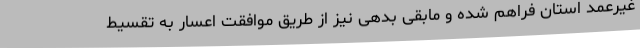
غیرعمد استان فراهم شده و مابقی بدهی نیز از طریق موافقت اعسار به تقسیط